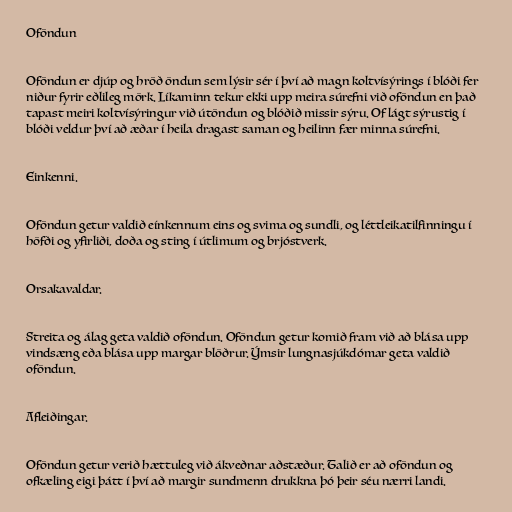
Oföndun

Oföndun er djúp og hröð öndun sem lýsir sér í því að magn koltvísýrings í blóði fer
niður fyrir eðlileg mörk. Líkaminn tekur ekki upp meira súrefni við oföndun en það
tapast meiri koltvísýringur við útöndun og blóðið missir sýru. Of lágt sýrustig í
blóði veldur því að æðar í heila dragast saman og heilinn fær minna súrefni.

Einkenni.

Oföndun getur valdið eínkennum eins og svima og sundli, og léttleikatilfinningu í
höfði og yfirliði, doða og sting í útlimum og brjóstverk.

Orsakavaldar.

Streita og álag geta valdið oföndun. Oföndun getur komið fram við að blása upp
vindsæng eða blása upp margar blöðrur. Ýmsir lungnasjúkdómar geta valdið
oföndun.

Afleiðingar.

Oföndun getur verið hættuleg við ákveðnar aðstæður. Talið er að oföndun og
ofkæling eigi þátt í því að margir sundmenn drukkna þó þeir séu nærri landi.